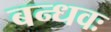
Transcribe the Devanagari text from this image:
बन्धवः